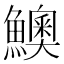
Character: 𩼈